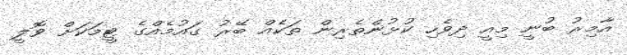
އާމިރު ބުނީ މިއީ ދިވެހި ކުޅުންތެރިން ތަކެއް ބޭރު ގައުމެއްގެ ޓީމަކަށް ވޮލީ